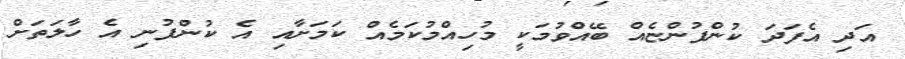
އަދި އެފަދަ ކުންފުންޏެއް ބޭއްވުމަކީ މުހިއްމުކަމެއް ކަމަށާއި އެ ކުންފުނި އެ ހާލަތަށް